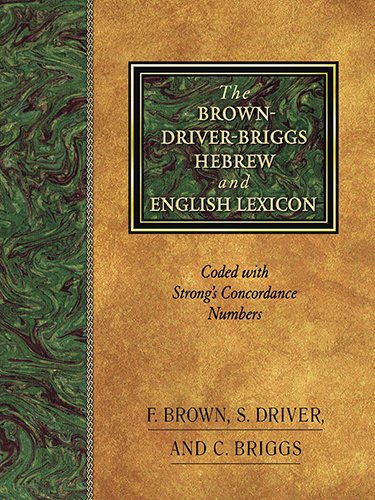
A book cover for The Brown-Driver-Briggs Hebrew and English Lexicon; Francis Brown; Reference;